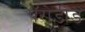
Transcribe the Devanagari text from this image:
पॅरोडीड